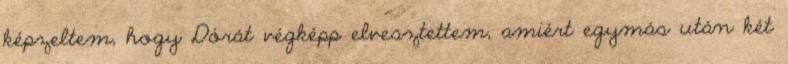
képzeltem, hogy Dórát végképp elvesztettem, amiért egymás után két